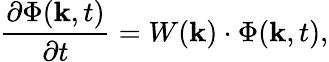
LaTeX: \frac{\partial\Phi({\mathbf k},t)}{\partial t}=W({\mathbf k})\cdot\Phi({\mathbf k},t),